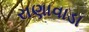
રાણાવાડા